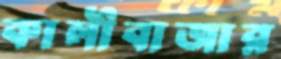
কালীবাজার